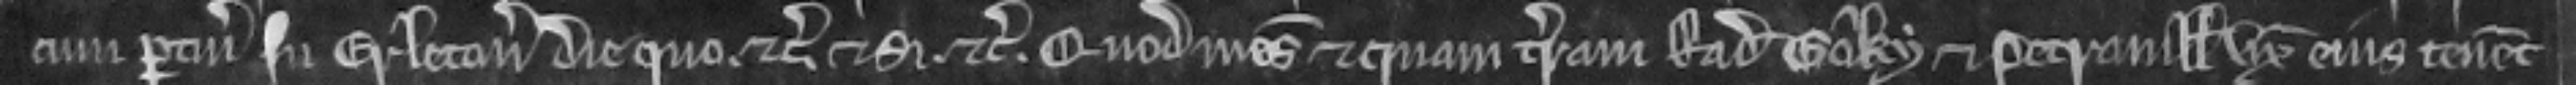
cum pertinenciis in Erleton die quo etc. et si etc. Quod mesuagium et quam terram Radulfus Goky et Petronilla uxor ejus tenent